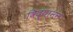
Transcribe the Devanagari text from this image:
विद्यामन